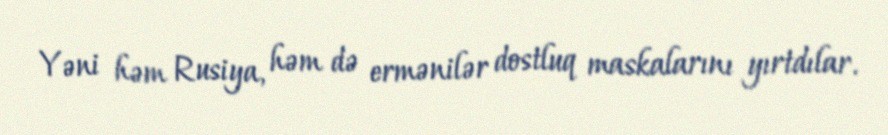
Yəni həm Rusiya, həm də ermənilər dostluq maskalarını yırtdılar.